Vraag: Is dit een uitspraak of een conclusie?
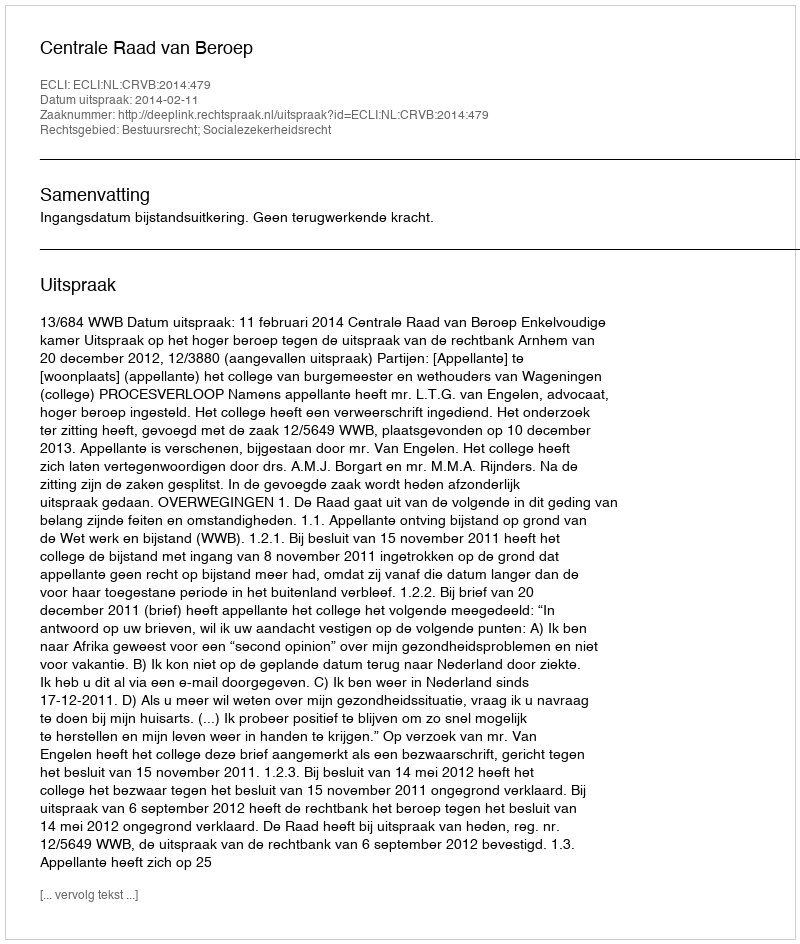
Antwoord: Uitspraak